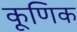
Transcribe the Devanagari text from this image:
कूणिक